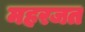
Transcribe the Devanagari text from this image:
महरजत